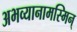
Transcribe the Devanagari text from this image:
अभव्यानामस्मिन्